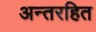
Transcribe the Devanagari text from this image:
अन्तरहित